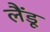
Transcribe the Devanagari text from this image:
लैंडू